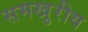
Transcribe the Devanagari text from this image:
समखुरीय